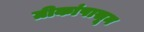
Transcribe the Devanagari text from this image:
ग्रीकांपासून